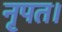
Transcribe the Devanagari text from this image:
नृपत।